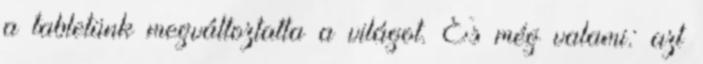
a tabletünk megváltoztatta a világot. És még valami: azt